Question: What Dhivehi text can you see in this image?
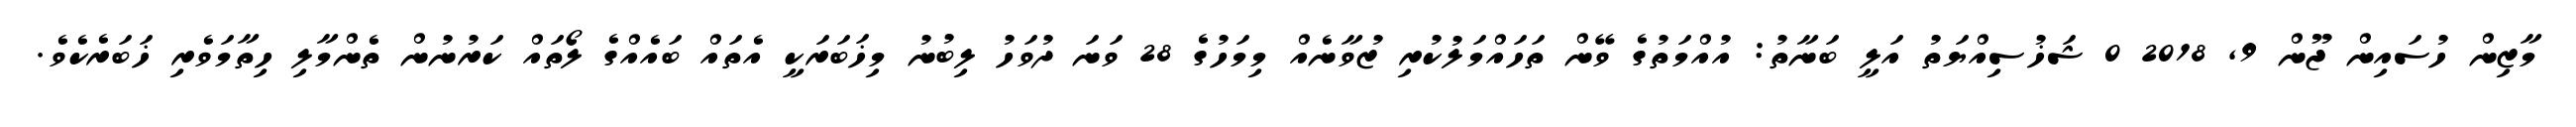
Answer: މާޒިން ހުސައިން ޖޫން 9, 2018 0 ޝަޚުސިއްޔަތު އަލީ ބަނާތު: އުއްމަތުގެ ވޭން ތަހައްމަލުކުރި ޒުވާނެއް މިމަހުގެ 28 ވަނަ ދުވަހު ލިބުނު މިޚަބަރަކީ އެތައް ބައެއްގެ ލޯތައް ކަރުނުން ތެންމާލި ހިތާމަވެރި ޚަބަރެކެވެ.